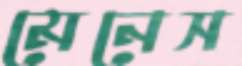
মেনেস